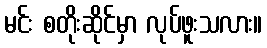
မင်း စတိုးဆိုင်မှာ လုပ်ဖူးသလား။